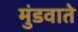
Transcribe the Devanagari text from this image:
मुंडवाते